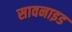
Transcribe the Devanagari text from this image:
सावनाइड